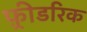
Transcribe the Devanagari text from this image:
फ़्रीडरिक